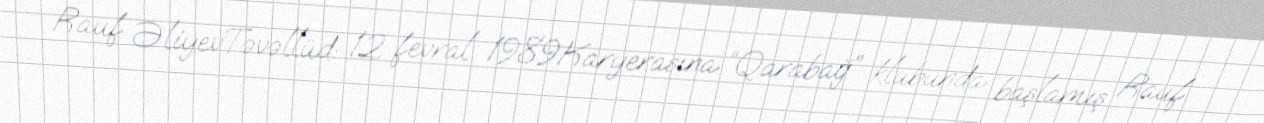
Rauf ƏliyevTəvəllüd: 12 fevral 1989Karyerasına “Qarabağ” klubunda başlamış Rauf